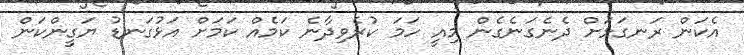
އެކަން ރަނގަޅަށް ދެނެގަނެގެން މިއީ ހަމަ ކުރެވިދާނެ ކަމެއް ކަމަށް އަޅުގަނޑު ޔަގީންކަން